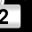
Digit: 2